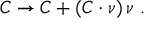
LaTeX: C \to C + ( C \cdot \nu ) \, \nu \ .